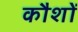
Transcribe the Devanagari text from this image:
कौशों